Report on sanitation, dispensaries, and jails in Rajputana for 1919, and on vaccination for the year 1919-1920 - 1919-1920
Year: 1919
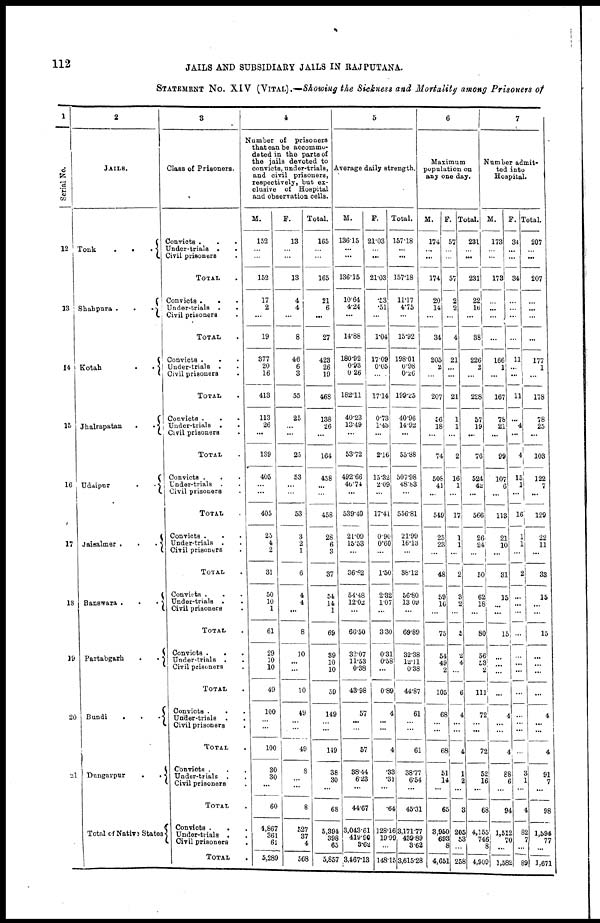
112
JAILS AND SUBSIDIARY JAILS IN RAJPUTANA.
STATEMENT NO. XIV (VITAL).—Showing the Sickness and Mortality among Prisoners of
1
Serial No.
12
13
14
15
16
17
18
19
20
21
2
JAILS.
Tonk
.
. .
Shahpura .
.
.
Kotah
.
.
Jhalrapatan
.
.
Udaipur
.
.
jaisalmer
.
.
.
Banawara . . .
Partabgarh . .
Bundi
.
.
.
Dungarpur
.
.
Total of Nativa States
3
Class of Prisoners.
Convicts
.
.
.
Under-trials . .
Civil prisoners .
TOTAL
Convicts .
. .
Under-trials . . .
Civil prisoners .
TOTAL .
Under-trial s .
Civil prisoners
TOTAL
Convicts .
.
Under-trials . .
Civil prisoners .
TOTAL .
Convicts . . .
Under-trials . .
Civil prisoners .
TOTAL .
Convicts . . .
Under-trials . .
Civil prisoners .
TOTAL .
Convicts .
. .
Under-trials . .
Civil prisoners .
TOTAL .
Convicts .
. .
Under-trials . .
Civil prisoners .
TOTAL .
Convicts .
. .
Under-trials ..
Civil prisoners
.
TOTAL .
Convicts . . .
Under-trials ..
Civil prisoners .
TOTAL .
Convicts .
.
.
Under-trials ..
Civil prisoners
.
TOTAL
4
Number of
prisoners
that can be accommo-
dated in the parts of
the jails devoted to
convicts, under-trials,
and civil prisoners,
respectively, but ex-
clusive of Hospital
and observation cells.
M.
152
...
...
152
17
2
...
19
377
20
16
413
113
26
...
139
405
...
...
405
25
4
2
31
50
10
1
61
29
10
10
49
100
...
...
100
30
30
...
60
4,867
361
61
5,289
F.
13
...
...
13
4
4
...
8
46
6
3
55
25
...
...
25
53
...
...
53
3
2
1
6
4
4
...
8
10
...
...
10
49
...
...
49
8
...
...
8
527
37
4
568
Total.
165
...
...
165
21
6
...
27
423
26
19
468
138
26
...
164
458
...
...
458
28
6
3
37
54
14
1
69
39
10
10
59
149
...
...
149
38
30
...
68
5,394
398
65
5,857
5
Average daily strength.
M.
136.15
...
...
136.15
1064
4.24
...
14.88
180.92
0.93
0.26
182.11
40.23
13.49
...
53.72
492.66
46.74
...
539.40
21.09
15.53
...
36.62
54.48
12.02
...
66.50
32.07
11.53
0.38
43.98
57
...
...
57
38.44
6.23
...
44.67
3,043.61
419.90
3.62
3,467.13
F.
21.03
...
...
21.03
.53
.51
...
1.04
17.09
0.05
...
17.14
0.73
1.43
...
2.16
15.32
2.09
...
17.41
0.90
0.60
...
1.50
2.32
1.07
...
3.30
0.31
0.58
...
0.89
4
...
...
4
.33
.31
...
.64
128.16
19.99
...
148.15
Total.
157.18
...
...
157.18
11.17
4.75
...
15.92
198.01
0.98
0.26
199.25
40.96
14.92
...
55.88
507.98
48.83
...
556.81
21.99
16.13
...
38.12
56.80
13.09
...
69.89
32.38
12.11
0.38
44.87
61
...
...
61
38.77
6.54
...
45.31
3,171.77
439.89
3.62
3,615.28
6
Maximum
population on
any one day.
M.
174
...
...
174
20
14
...
34
205
2
...
207
56
18
...
74
508
41
...
549
25
23
...
48
59
16
...
75
54
49
2
105
68
...
...
68
51
l4
...
65
3,950
693
8
4,651
F.
57
...
...
57
2
2
...
4
21
...
...
21
1
1
...
2
16
1
...
17
1
1
...
2
3
2
...
5
2
4
...
6
4
...
...
4
1
2
...
3
205
53
...
258
Total.
231
...
...
231
22
16
...
38
226
2
...
228
57
19
...
76
524
42
...
566
26
24
...
50
62
18
...
80
56
53
2
111
72
...
...
72
52
16
...
68
4,155
746
8
4,909
7
Number admit-
ted into
Hospital.
M.
173
...
...
173
...
...
...
...
166
1
...
167
78
21
...
99
107
6
...
113
21
10
...
31
15
...
...
15
...
...
...
...
4
...
...
4
88
6
...
94
1,512
70
...
1,582
F.
34
...
...
34
...
...
...
...
11
...
...
11
...
4
...
4
15
1
...
16
1
1
...
2
...
...
...
...
...
...
...
...
...
...
...
...
3
1
...
4
82
7
...
89
Total.
207
...
207
...
...
...
...
177
1
...
178
78
25
...
103
122
7
...
129
22
11
...
33
15
...
...
15
...
...
...
...
4
...
...
4
91
7
...
98
1,594
77
...
1,671